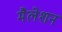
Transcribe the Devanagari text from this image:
मैलेशन